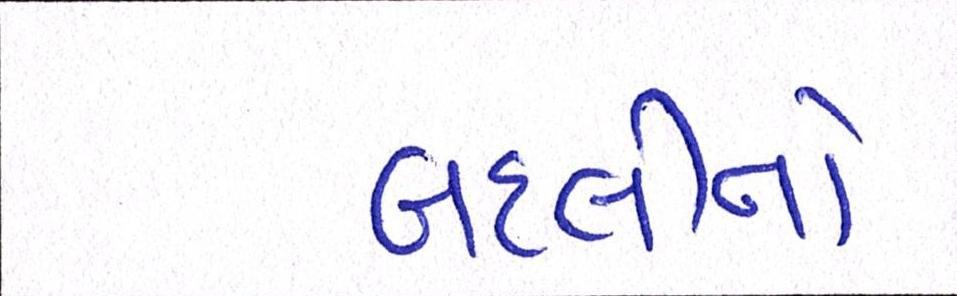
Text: બદલીનો